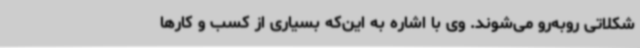
شکلاتی روبه‌رو می‌شوند. وی با اشاره به این‌که بسیاری از کسب و کارها